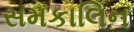
સમકાલિન